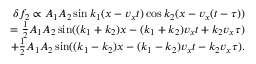
\begin{array} { r } { \delta f _ { 2 } \propto A _ { 1 } A _ { 2 } \sin k _ { 1 } ( x - v _ { x } t ) \cos k _ { 2 } ( x - v _ { x } ( t - \tau ) ) } \\ { = \frac { 1 } { 2 } A _ { 1 } A _ { 2 } \sin ( ( k _ { 1 } + k _ { 2 } ) x - ( k _ { 1 } + k _ { 2 } ) v _ { x } t + k _ { 2 } v _ { x } \tau ) } \\ { + \frac { 1 } { 2 } A _ { 1 } A _ { 2 } \sin ( ( k _ { 1 } - k _ { 2 } ) x - ( k _ { 1 } - k _ { 2 } ) v _ { x } t - k _ { 2 } v _ { x } \tau ) . } \end{array}